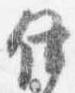
伊